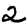
Digit: 2